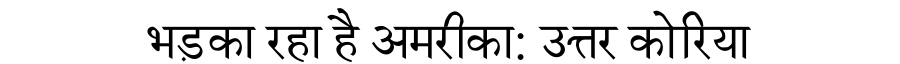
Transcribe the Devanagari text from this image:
भड़का रहा है अमरीका: उत्तर कोरिया